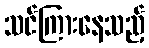
သင်ကြားနေသည့်